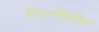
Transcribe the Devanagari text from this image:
दिल्लीप्रीत